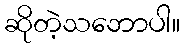
ဆိုတဲ့သဘောပါ။